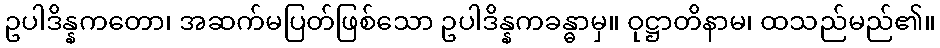
ဥပါဒိန္နကတော၊ အဆက်မပြတ်ဖြစ်သော ဥပါဒိန္နကခန္ဓာမှ။ ဝုဋ္ဌာတိနာမ၊ ထသည်မည်၏။